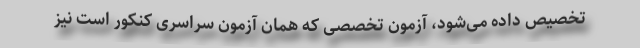
تخصیص داده می‌شود، آزمون تخصصی که همان آزمون سراسری کنکور است نیز